King Institute of Preventive Medicine Micro-Biological Section reports 1909-11
Year: 1909
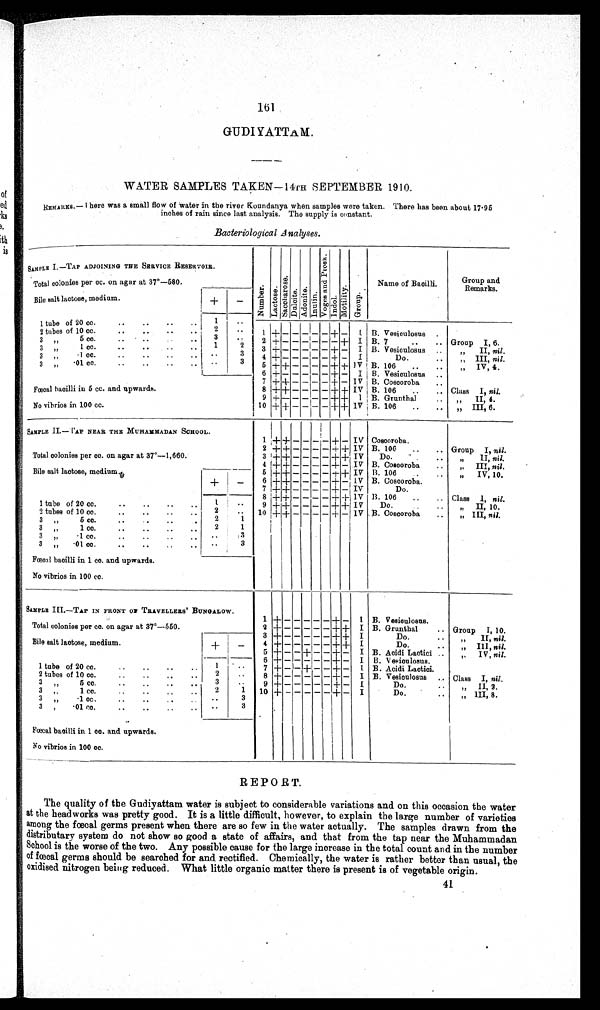
161
GUDIYATTAM.
WATER SAMPLES TAKEN—14TH SEPTEMBER 1910.
REMARKS.—I here was a small flow of water in the river Koundanya when samples were taken. There has been about 17·95
inches of rain since last analysis. The supply is constant.
Bacteriological Analyses.
SAMPLE I.—TAP ADJOINING THE SERVICE RESERVOIR.
Number.Lact ose.Sacchar os e. Dulcite.Adonite. I nul i n. Vo g e s a n d P r o s k . Indol.Mot i l i t y. Group.
Name of Bacilli.
Group an
d Remarks
.
Total colonies per cc. on agar at 37°—580.
Bile salt lactose, medium.
+
−
1 tube of 20 cc.
1
2 tubes of 10 cc.
2
1
+
− − − − −
+
−
I
B. Vesiculosus
3 „ 5 cc
.
3
2
+
− − − − − −
+
I B. 7
Group I, 6.
3 „ 1cc.
1
2
3
+
− − − − −
+
+
I B. Vesiculosus
„ II, nil .
3 „ ·1 cc.
3
4
+
− − − − −
+
− I
Do.
„ III, nil.
3 „ ·01 cc.
3
5
+ +
− − − −
+ +
IV B. 106
„ IV, 4.
6
+
− − − − −
+
−
I B. Vesiculosus.
7
+
+
− − − −
+
−
IV
B. Coscoroba
Fœcal bacilli in 5 cc. and upwards.
8
+
+ − − − −
+ +
IV
B. 106
Class I, nil.
9
+
− − − − −
+ +
I
B. Grunthal
„ II, 4.
No vibrios in 100 cc.
10
+
+
− − − −
+
+
IV B. 106
„ III 6
SAMPLE II.—TAP NEAR THE MUHAMMADAN SCHOOL.
1
+ + − −
− − + − IV Coscoroba.
2
+ + − − − −
+ +
IV B. 106
Group I, nil.
Total colonies per cc. on agar at 37°—1,660.
3
+ +
− − − − + - IV
Do.
„ II, nil.
4
+
+ − −
− −
+
− IV B. Coscoroba
„ III, nil.
Bile salt lactose, medium.
+
−
5
+ +
− − − −
+ +
IV B. 106
„ IV, 10.
6
+ +
− − − −
+
− IV B. Coscoroba.
7
+ +
− − − − + − IV
Do.
8
+
+ − − − − +
+
I B 106
Class 1, nil.
1 tube of 20 cc.
1
9 + + − − − − + + IV
Do.
„ II, 10.
2 tubes of 10 cc.
2
10
+ +
− − − − + − IV B. Coscoroba
„ III, nil.
3
„
5
cc
2
1
3 „ 1 cc.
2
1
3 „ ·1 cc.
3
3 „ ·01 c
c .
3
Fœcal bacilli in 1 cc. and upwards.
No vibrios in 100 cc.
SAMPLE III.—TAP IN FRONT OF TRAVELLERS' BUNGALOW.
1
+
− − − − −
+
−
I B. Vesiculosus.
Total colonies per cc. on agar at 37°—550.
2 + − − − − − +
+
I B. Grunthal
Group I, 10.
3
+ − − − − − + + I
Do.
„ II, nil.
Bile salt lactose, medium.
+
−
4
+
− − − − −
+ +
I
Do.
„ III, nil.
5
+
− −
+
− −
+
−
I
B. Acidi Lactici.
„ IV, nil .
6 + − − − − − + −
I
B. Vesiculosus .
1 tube of 20 cc.
1
7 + − − + − −
+
−
I B. Acidi Lactici.
2 tubes of 10 cc.
2
8
+
− − − − −
+
−
I B. Vesiculosus
Class I, nil .
3 „ 5 cc.
3
9
+
− − − − − + −
I
Do.
„ II, 2.
3 „ 1 cc.
2
1
10
+
− − − − −
+
−
I
Do.
„ III, 8.
3 „ ·1 cc.
3
3 „ ·01 cc.
3
Fœcal bacilli in 1 cc. and upwards.
No vibrios in 100 cc.
REPORT.
The quality of the Gudiyattam water is subject to considerable variations and on this occasion the water
at the head works was pretty good. It is a little difficult, however, to explain the large number of varieties
among the fœcal germs present when there are so few in the water actually. The samples drawn from the
distributary system do not show so good a state of affairs, and that from the tap near the Muhammadan
School is the worse of the two. Any possible cause for the large increase in the total count and in the number
of fœcal germs should be searched for and rectified. Chemically, the water is rather better than usual, the
oxidised nitrogen being reduced. What little organic matter there is present is of vegetable origin.
41